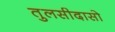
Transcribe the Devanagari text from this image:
तुलसीदासो